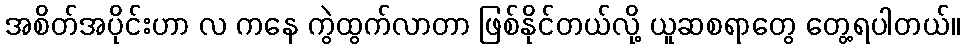
အစိတ်အပိုင်းဟာ လ ကနေ ကွဲထွက်လာတာ ဖြစ်နိုင်တယ်လို့ ယူဆစရာတွေ တွေ့ရပါတယ်။